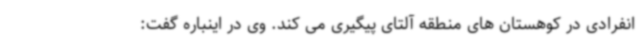
انفرادی در کوهستان های منطقه آلتای پیگیری می کند. وی در اینباره گفت: